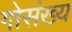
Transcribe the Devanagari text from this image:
गोसंख्य